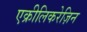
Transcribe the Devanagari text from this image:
एक्रीलिकरेज़िन